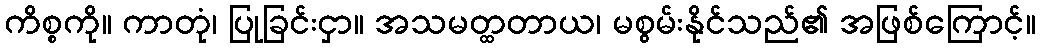
ကိစ္စကို။ ကာတုံ၊ ပြုခြင်းငှာ။ အသမတ္ထတာယ၊ မစွမ်းနိုင်သည်၏ အဖြစ်ကြောင့်။